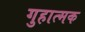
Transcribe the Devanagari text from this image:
गुहात्मक